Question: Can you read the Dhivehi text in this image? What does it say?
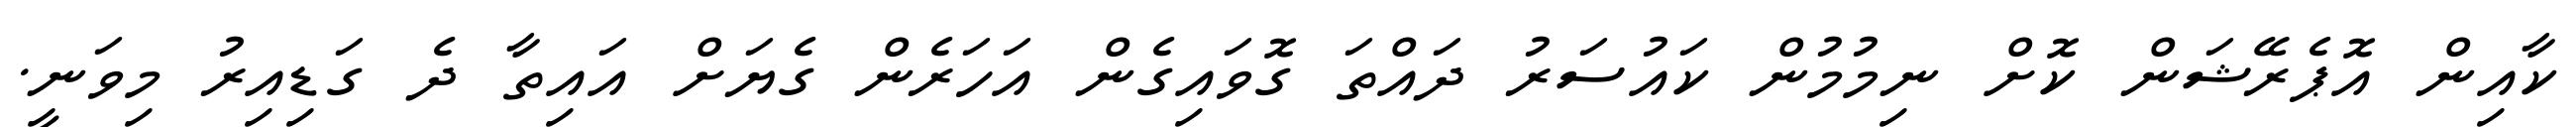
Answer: ކާއިން އޮޕެރޭޝަން ކޮށް ނިމުމުން ކައުސަރު ދައްތަ ގޮވައިގެން އަހަރެން ގެޔަށް އައިތާ ދެ ގަޑިއިރު މިވަނީ.